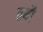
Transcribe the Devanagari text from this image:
तथौ